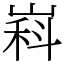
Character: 嵙